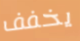
يخفف